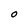
Character: O